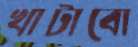
খাটাবো